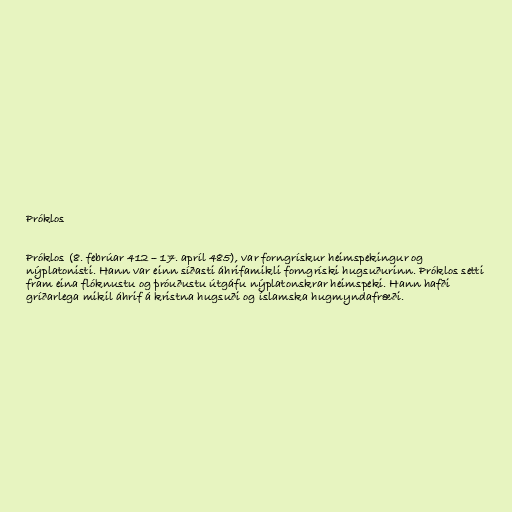
Próklos

Próklos (8. febrúar 412 – 17. apríl 485), var forngrískur heimspekingur og
nýplatonisti. Hann var einn síðasti áhrifamikli forngríski hugsuðurinn. Próklos setti
fram eina flóknustu og þróuðustu útgáfu nýplatonskrar heimspeki. Hann hafði
gríðarlega mikil áhrif á kristna hugsuði og íslamska hugmyndafræði.